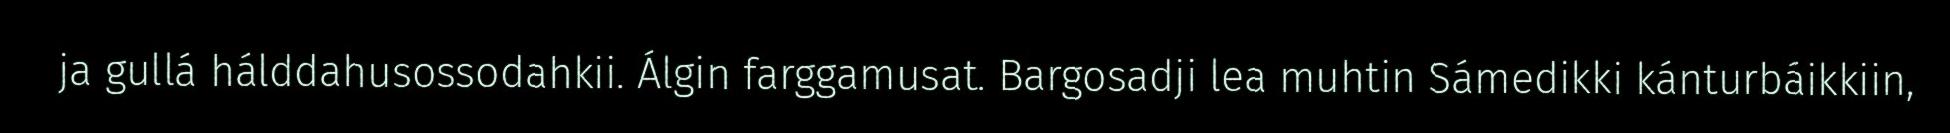
ja gullá hálddahusossodahkii. Álgin farggamusat. Bargosadji lea muhtin Sámedikki kánturbáikkiin,